Insane asylums in Bengal annual reports 1876-1887 - 1876-1887
Year: 1876
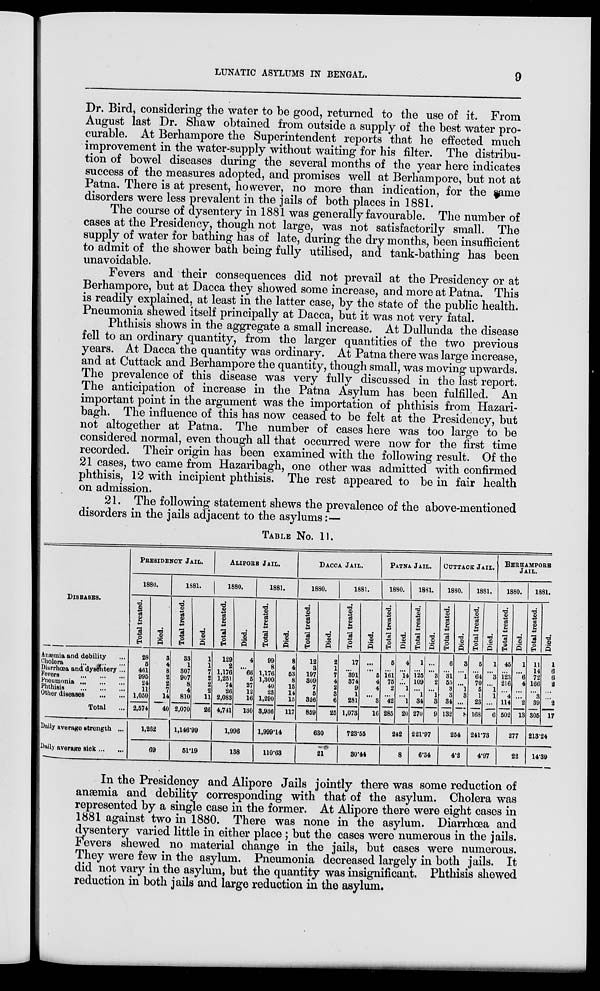
LUNATIC ASYLUMS IN BENGAL.
9
Dr. Bird, considering the water to be good, returned to the use of it. From
August last Dr. Shaw obtained from outside a supply of the best water pro-
curable. At Berhampore the Superintendent reports that he effected much
improvement in the water-supply without waiting for his filter. The distribu-
tion of bowel diseases during the several months of the year here indicates
success of the measures adopted, and promises well at Berhampore, but not at
Patna. There is at present, however, no more than indication, for the same
disorders were less prevalent in the jails of both places in 1881.
The course of dysentery in 1881 was generally favourable. The number of
cases at the Presidency, though not large, was not satisfactorily small. The
supply of water for bathing has of late, during the dry months, been insufficient
to admit of the shower bath being fully utilised, and tank-bathing has been
unavoidable.
Fevers and their consequences did not prevail at the Presidency or at
Berhampore, but at Dacca they showed some increase, and more at Patna. This
is readily explained, at least in the latter case, by the state of the public health.
Pneumonia shewed itself principally at Dacca, but it was not very fatal.
Phthisis shows in the aggregate a small increase. At Dullunda the disease
fell to an ordinary quantity, from the larger quantities of the two previous
years. At Dacca the quantity was ordinary. At Patna there was large increase,
and at Cuttack and Berhampore the quantity, though small, was moving upwards.
The prevalence of this disease was very fully discussed in the last report.
The anticipation of increase in the Patna Asylum has been fulfilled. An
important point in the argument was the importation of phthisis from Hazari-
bagh. The influence of this has now ceased to be felt at the Presidency, but
not altogether at Patna. The number of cases here was too large to be
considered normal, even though all that occurred were now for the first time
recorded. Their origin has been examined with the following result. Of the
21 cases, two came from Hazaribagh, one other was admitted with confirmed
phthisis, 12 with incipient phthisis. The rest appeared to be in fair health
on admission.
21. The following statement shews the prevalence of the above-mentioned
disorders in the jails adjacent to the asylums:—
TABLE No. 11.
DISEASES.
Anæmia and debility ...
Cholera
...
... ...
Diarrhœa and dysentery ...
Fevers
... ... ...
Pneumonia ... ...
...
Phthisis
... ... ...
Other diseases
... ...
Total ...
Daily average strength ...
Daily average sick ...
...
PRESIDENCY JAIL.
1880.
Total treated.
28
5
461
995
24
11
1,050
2,574
Died.
3
4
8
2
2
7
14
40
1,262
69
1881.
Total treated.
33
1
307
907
8
4
810
2,070
Died.
1
1
7
2
2
2
11
26
1,146.99
51.19
ALIPORE JAIL.
1880.
Total treated.
129
2
1,176
1,251
74
26
2,083
4,741
Died.
4
...
66
5
27
12
16
130
1,996
138
1881.
Total treated.
99
8
1,176
1,300
40
23
1,290
3,936
Died.
8
4
53
8
15
14
15
117
1,999.14
110.63
DACCA JAIL.
1880.
Total treated.
12
3
197
309
7
5
326
859
Died.
2
1
7
4
2
3
6
25
630
21
1881.
Total treated.
17
...
391
374
9
1
281
1,073
Died.
...
...
5
4
4
...
3
16
723.55
30.44
PATNA JAIL.
1880.
Total treated.
5
...
161
75
2
...
42
285
Died.
4
...
14
...
1
...
1
20
242
8
1881.
Total treated.
1
...
125
109
...
1
34
270
Died.
...
...
3
2
... 1
3
9
221.97
6.34
CUTTACK JAIL.
1880.
Total treated.
6
...
31
55
3
3
34
132
Died.
3
...
1
...
1
3
...
8
254
4.2
1881.
Total treated.
5
...
64
70
5
1
23
168
Died.
1
...
3
...
1
1
...
6
241.73
4.97
BERHAMPORE
JAIL.
1880.
Total treated.
45
...
123
216
...
4
114
502
Died.
1
...
6
4
...
...
2
13
277
22
1881.
Total treated.
11
14
72
166
...
3
39
305
Died.
1
6
6
2
...
...
2
17
213.24
14.39
In the Presidency and Alipore Jails jointly there was some reduction of
anæmia and debility corresponding with that of the asylum. Cholera was
represented by a single case in the former. At Alipore there were eight cases in
1881 against two in 1880. There was none in the asylum. Diarrhœa and
dysentery varied little in either place ; but the cases were numerous in the jails.
Fevers shewed no material change in the jails, but cases were numerous.
They were few in the asylum. Pneumonia decreased largely in both jails. It
did not vary in the asylum, but the quantity was insignificant. Phthisis shewed
reduction in both jails and large reduction in the asylum.